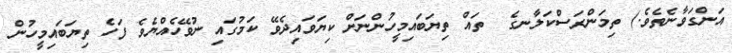
އަންގަވާނެތެވެ.) ތިމަންރަސްކަލާނގެ  ތައް ތިޔަބައިމީހުންނަށް ކިޔަވައިދެވޭ ކަމުގައި ނުވޭހެއްޔެވެ ފަހެ ތިޔަބައިމީހުން